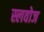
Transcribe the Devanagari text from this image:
स्लवोज